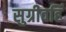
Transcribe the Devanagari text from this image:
सुग्रीवहिं